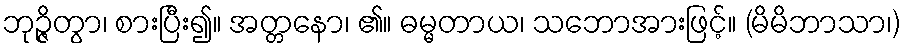
ဘုဉ္ဇိတွာ၊ စားပြီး၍။ အတ္တနော၊ ၏။ ဓမ္မတာယ၊ သဘောအားဖြင့်။ (မိမိဘာသာ၊)